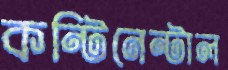
কন্টিনেন্টাল